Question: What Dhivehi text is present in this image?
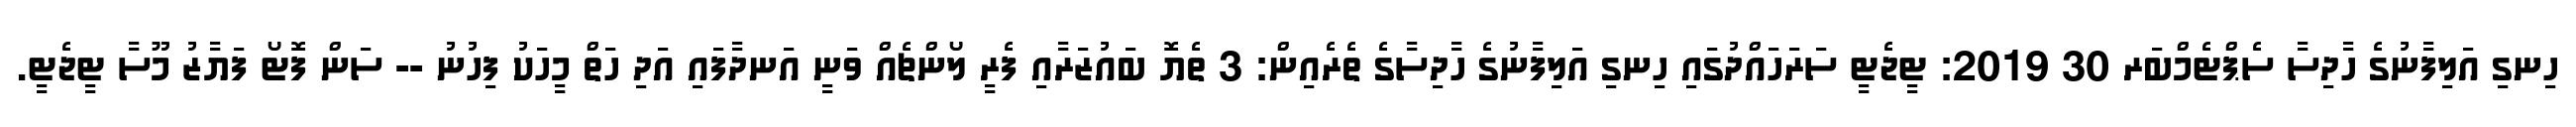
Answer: ހިނގި އަލިފާނުގެ ހާދިސާ ސެޕްޓެމްބަރ 30 2019: ޓީޖެޓީ ސަރަހައްދުގައި ހިނގި އަލިފާނުގެ ހާދިސާގެ ތެރެއިން: 3 ތެޔޮ ބައުޒަރާއި ފެރީ ލޯންޗެއް ވަނީ އަނދާފައި އަދި ހަތް މީހަކު ފިހުނު -- ސަން ފޮޓޯ ފަޔާޒު މޫސާ ޓީޖެޓީ.